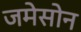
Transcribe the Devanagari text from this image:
जमेसोन